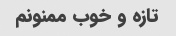
تازه و خوب ممنونم